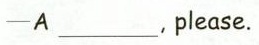
-A ___ , please.